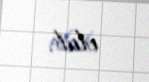
olub.